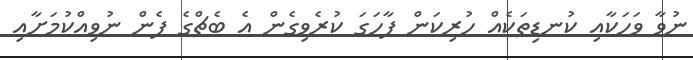
ނުވާ ވަހަކާއި ކުނޑިތަކެއް ހުރިކަން ފާހަގަ ކުރެވިގެން އެ ބެޗްގެ ފެން ނުވިއްކުމަށާއި